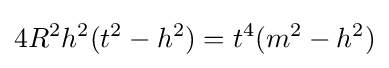
4R^{2}h^{2}(t^{2}-h^{2})=t^{4}(m^{2}-h^{2})